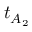
t _ { A _ { 2 } }